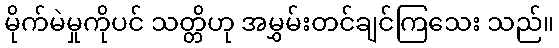
မိုက်မဲမှုကိုပင် သတ္တိဟု အမွှမ်းတင်ချင်ကြသေး သည်။